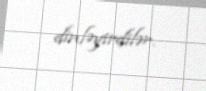
dinləyirdilər.